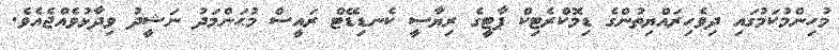
މުހިންމުކަމުގައި ދިވެހިރައްޔިތުންގެ ޑިމޮކްރެޓިކް ޕާޓީގެ ރިޔާސީ ކެނޑިޑޭޓް ރައީސް މުޙަންމަދު ނަޝީދު ވިދާޅުވެއްޖެއެވެ.